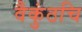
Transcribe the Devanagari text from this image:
वैकुंठचि